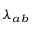
\lambda _ { a b }